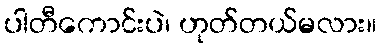
ပါတီကောင်းပဲ၊ ဟုတ်တယ်မလား။